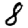
Digit: 8